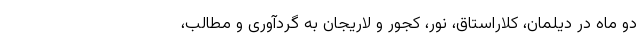
دو ماه در دیلمان، کلاراستاق، نور، کجور و لاریجان به گردآوری و مطالب،